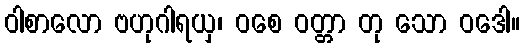
ဝါစာလော ဗဟုဂါရယှ၊ ဝစေ ဝတ္တာ တု သော ဝဒေါ။